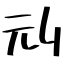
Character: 刓